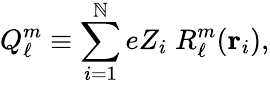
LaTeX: Q_{\ell}^{m}\equiv\sum_{i=1}^{\mathbb{N}}eZ_{i}\; R_{\ell}^{m}(\mathbf{{r}}_{i}),